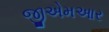
જીએમઆર